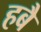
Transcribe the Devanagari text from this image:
हबै